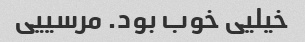
خیلیی خوب بود. مرسییی